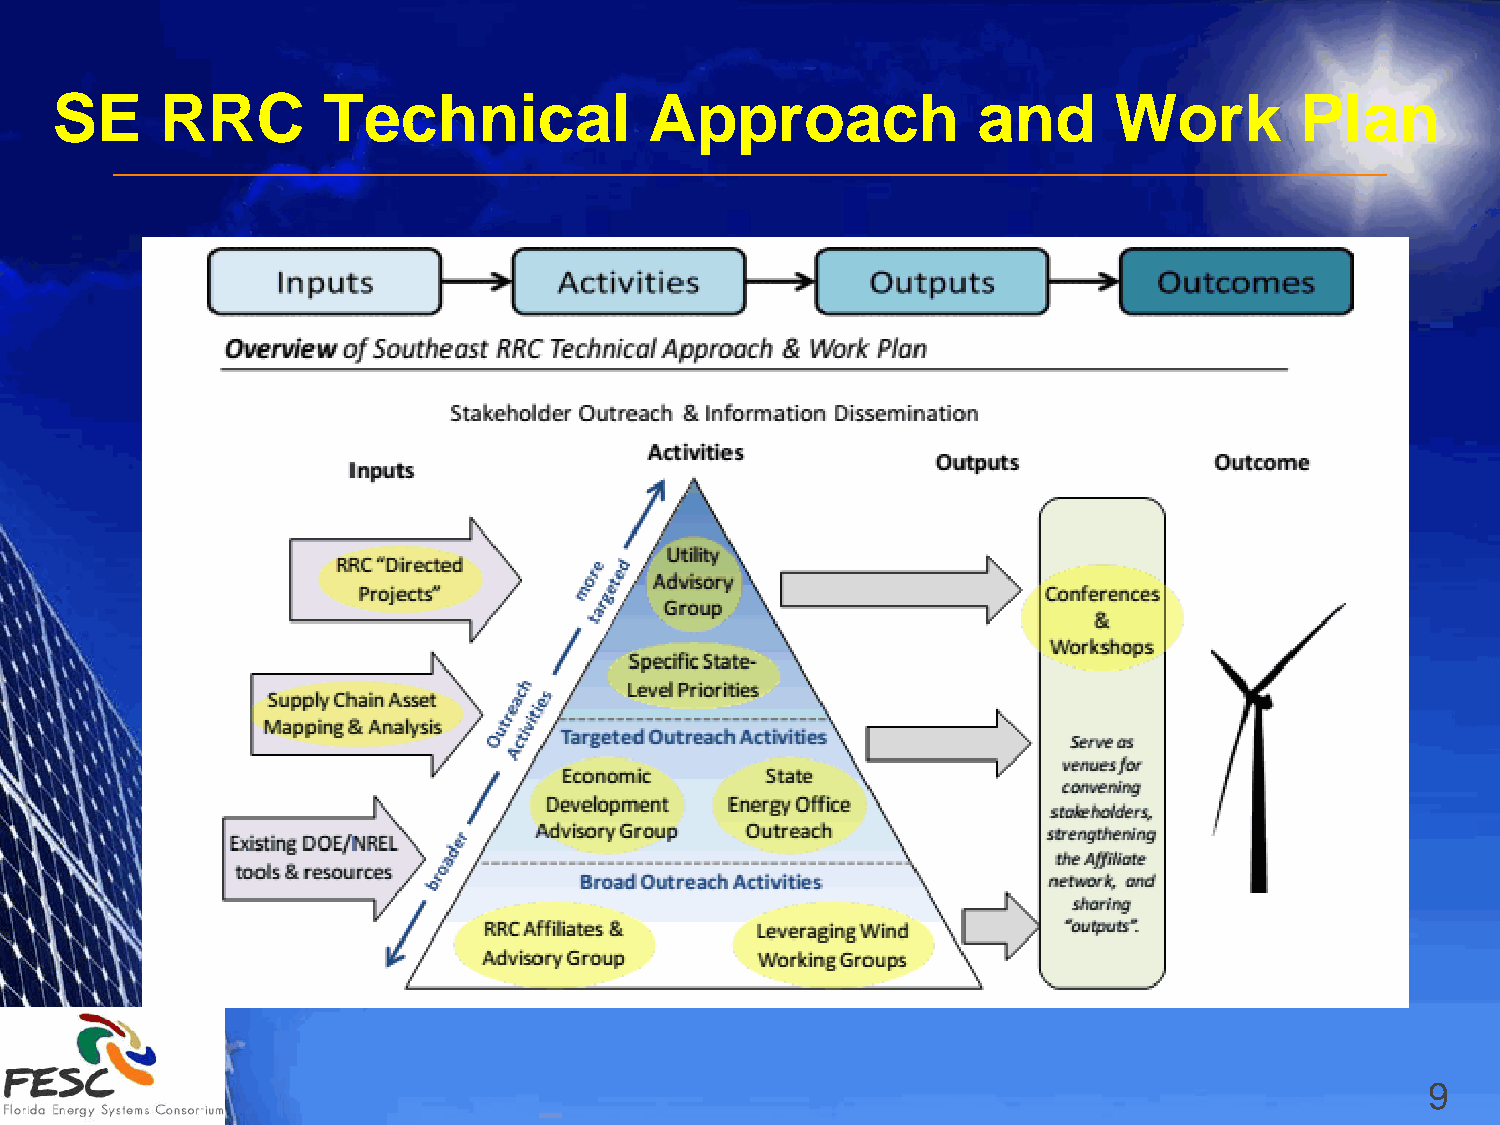
SE      RRC       Technical             Approach              and      Work        Plan
 9